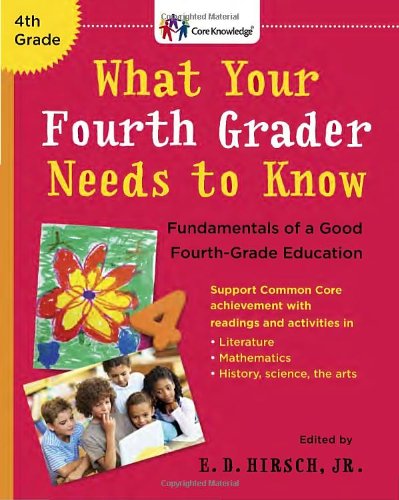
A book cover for What Your Fourth Grader Needs to Know: Fundamentals of A Good Fourth-Grade Education (Core Knowledge Series); E.D. Hirsch Jr.; Education & Teaching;